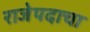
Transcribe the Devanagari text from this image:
राजेपदाचा